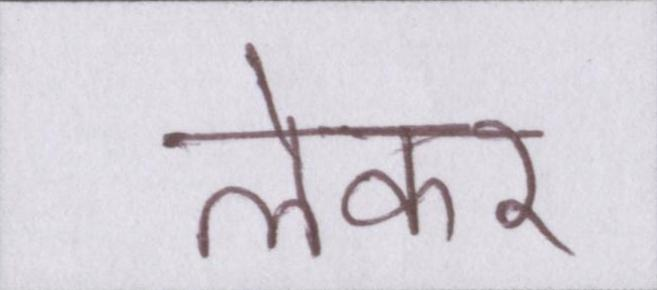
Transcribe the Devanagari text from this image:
लेकर